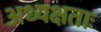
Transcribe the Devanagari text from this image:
अध्यक्षताः